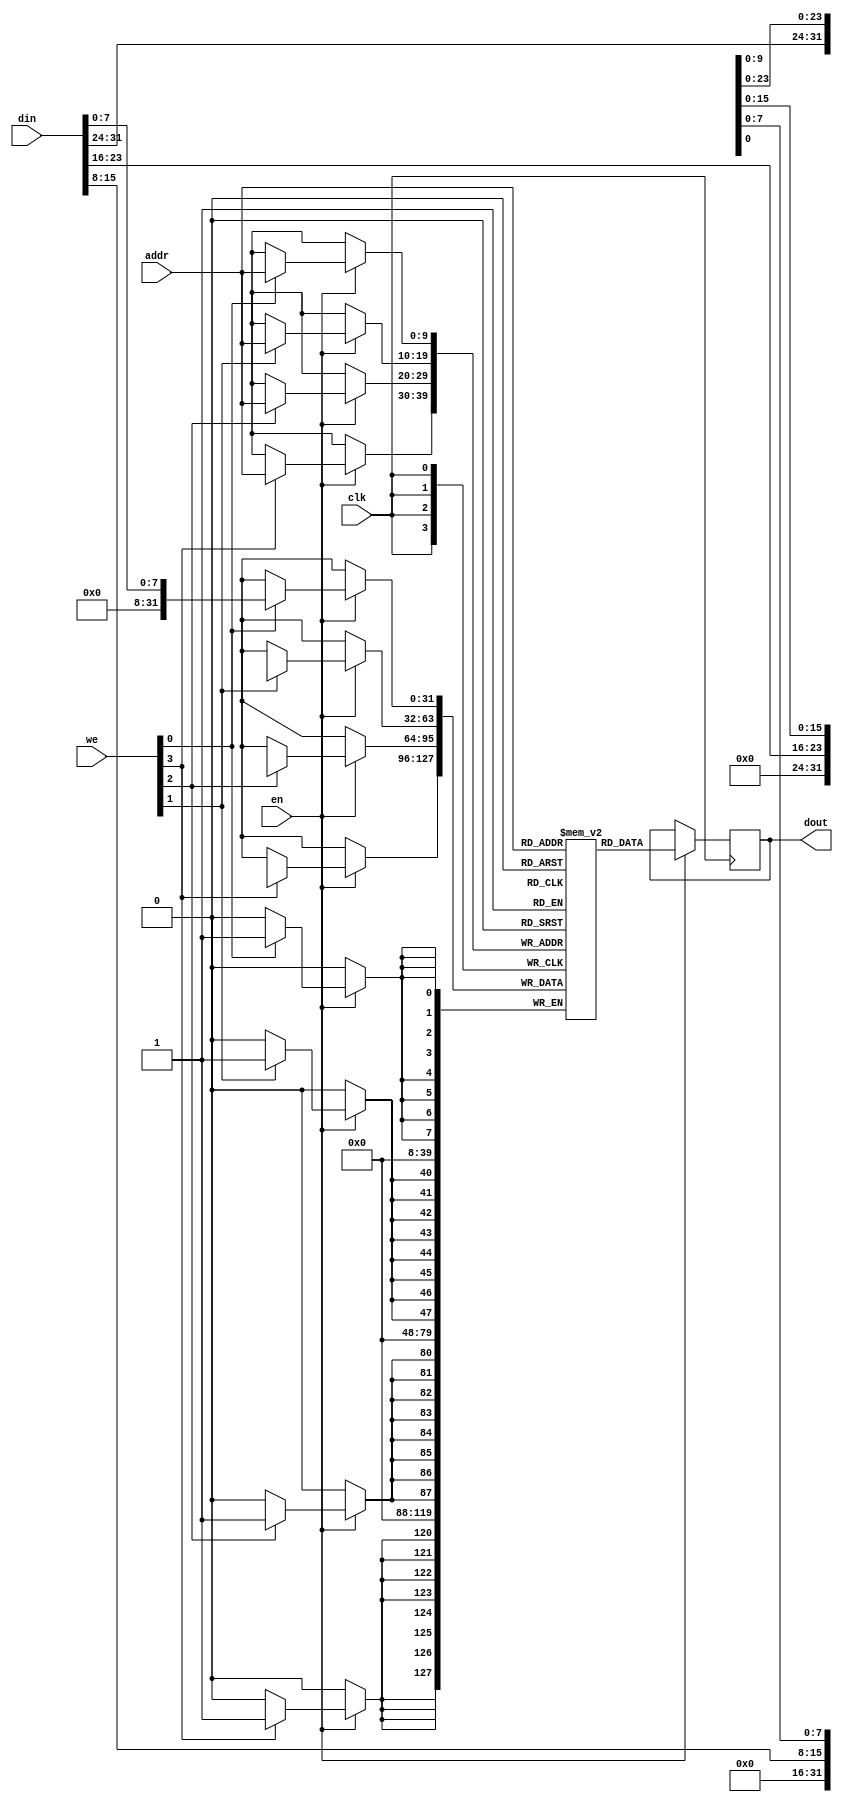
module iob_ram_sp_be
  #(
    parameter HEXFILE="none",
    parameter ADDR_W = 10, // Addr Width in bits : 2*ADDR_W = RAM Depth
    parameter DATA_W = 32  // Data Width in bits
    ) 
   ( 
     input                clk,
     input                en,
     input [DATA_W/8-1:0] we,
     input [ADDR_W-1:0]   addr,
     input [DATA_W-1:0]   din,
     output [DATA_W-1:0]  dout
     );

   localparam COL_W = 8;
   localparam NUM_COL = DATA_W/COL_W;

   // Operation
`ifdef IS_CYCLONEV
   localparam file_suffix = {"7","6","5","4","3","2","1","0"};

   genvar                     i;
   generate
      for (i=0; i < NUM_COL; i=i+1) begin: ram_col
         localparam mem_init_file_int = (HEXFILE != "none")? {HEXFILE, "_", file_suffix[8*(i+1)-1 -: 8], ".hex"}: "none";

         iob_ram_sp
             #(
               .HEXFILE(mem_init_file_int),
               .ADDR_W(ADDR_W),
               .DATA_W(COL_W)
               ) ram
           (
            .clk  (clk),

            .en   (en),
            .addr (addr),
            .din  (din[i*COL_W +: COL_W]),
            .we   (we[i]),
            .dout (dout[i*COL_W +: COL_W])
            );
      end
   endgenerate
`else // !IS_CYCLONEV
   // this allows ISE 14.7 to work; do not remove
   localparam mem_init_file_int = {HEXFILE, ".hex"};

   // Core Memory
   reg [DATA_W-1:0]       ram_block[(2**ADDR_W)-1:0];

   // Initialize the RAM
   initial
     if(mem_init_file_int != "none.hex")
       $readmemh(mem_init_file_int, ram_block, 0, 2**ADDR_W - 1);

   reg [DATA_W-1:0]       dout_int;
   integer                    i;
   always @ (posedge clk) begin
      if(en) begin
         for(i=0; i < NUM_COL; i=i+1) begin
            if(we[i]) begin
               ram_block[addr][i*COL_W +: COL_W] <= din[i*COL_W +: COL_W];
            end
         end
         dout_int <= ram_block[addr]; // Send Feedback
      end
   end

   assign dout = dout_int;
`endif

endmodule